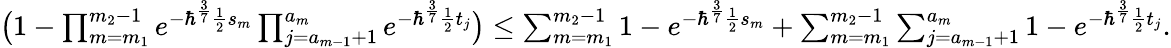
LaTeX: \begin{array}{r}{\big(1-\prod_{m=m_{1}}^{m_{2}-1}e^{-\hbar^{\frac{3}{7}}\frac{1}{2}s_{m}}\prod_{j=a_{m-1}+1}^{a_{m}}e^{-\hbar^{\frac{3}{7}}\frac{1}{2}t_{j}}\big)\leq\sum_{m=m_{1}}^{m_{2}-1}1-e^{-\hbar^{\frac{3}{7}}\frac{1}{2}s_{m}}+\sum_{m=m_{1}}^{m_{2}-1}\sum_{j=a_{m-1}+1}^{a_{m}}1-e^{-\hbar^{\frac{3}{7}}\frac{1}{2}t_{j}}.}\end{array}